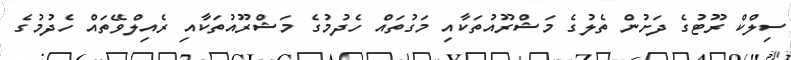
ސިލްކް ރޫޓުގެ ދަށުން ތެލުގެ މަޝްރޫއުތަކާއި މަގުތައް ހެދުމުގެ މަޝްރޫއުތަކާއި ރެއިލްވޭތައް ހެދުމުގެ